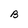
Character: B